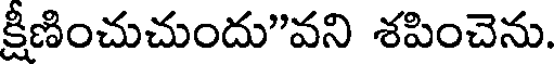
క్షీణించుచుందు"వని శపించెను.